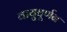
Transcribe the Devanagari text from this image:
वायुघूर्णन